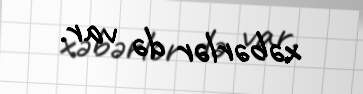
xəbərlər də var.